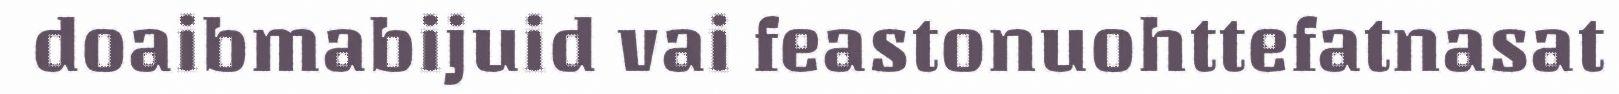
doaibmabijuid vai feastonuohttefatnasat